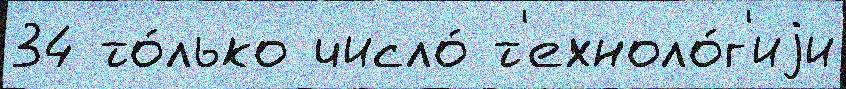
34 то́лько число́ т'ехноло́г'иjи